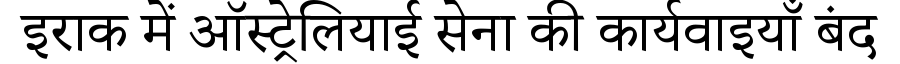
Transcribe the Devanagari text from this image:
इराक में ऑस्ट्रेलियाई सेना की कार्यवाइयाँ बंद